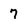
Character: 7